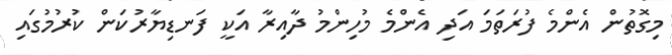
މިގޮތުން އެންމެ ފުރަތަމަ އަދި އެންމެ މުހިންމު ދާއިރާ އަކީ ފަނޑިޔާރުކަން ކުރުމުގައި